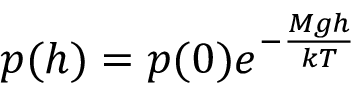
p ( h ) = p ( 0 ) e ^ { - { \frac { M g h } { k T } } }